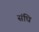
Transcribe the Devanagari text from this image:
संधि